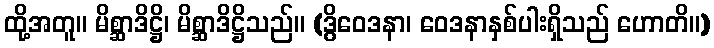
ထို့အတူ။ မိစ္ဆာဒိဋ္ဌိ၊ မိစ္ဆာဒိဋ္ဌိသည်။ (ဒွိဝေဒနာ၊ ဝေဒနာနှစ်ပါးရှိသည် ဟောတိ။)